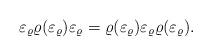
LaTeX: \begin{align*}\varepsilon_\varrho \varrho (\varepsilon_\varrho)\varepsilon_\varrho = \varrho (\varepsilon_\varrho)\varepsilon_\varrho \varrho (\varepsilon_\varrho).\end{align*}